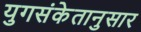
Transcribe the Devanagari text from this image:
युगसंकेतानुसार